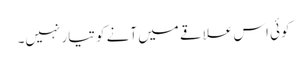
کوئی اس علاقے میں آنے کو تیار نہیں۔